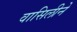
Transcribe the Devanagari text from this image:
वासिलीने